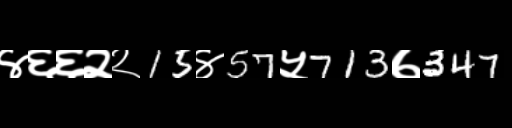
Text: ४६६२२15४57५713७347